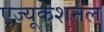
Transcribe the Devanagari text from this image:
एज्यूकेशनल